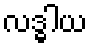
လဒ္ဓါယ